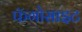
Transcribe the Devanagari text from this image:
फॅगोसाइट